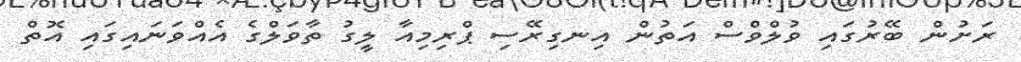
ރަށުން ބޭރުގައި ވުލްވްސް އަތުން އިނގިރޭސި ޕްރިމިއާ ލީގު ތާވަލްގެ އެއްވަނައިގައި އޮތް